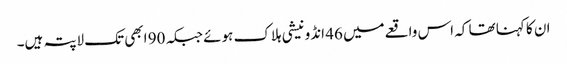
ان کا کہنا تھا کہ اس واقعےمیں 46 انڈونیشی ہلاک ہوئے جبکہ 90 ابھی تک لاپتہ ہیں۔